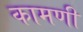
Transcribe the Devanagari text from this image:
कामणी